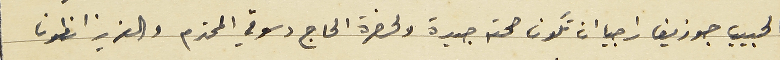
الحبيب جوزيف راجيا ان تكون صحته جيدة ولحضرة الحاج دسوقي المحترم والعزيز انطون